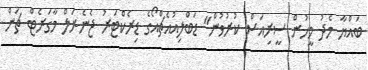
ބައްޔާ މެދު މީހުން ސީރިއަސް ކުރުވުން" ޑަބްލިއުއެޗްއޯގެ ޑިރެކްޓަރު ޖެނެރަލް މާގަރެޓް ޗަން